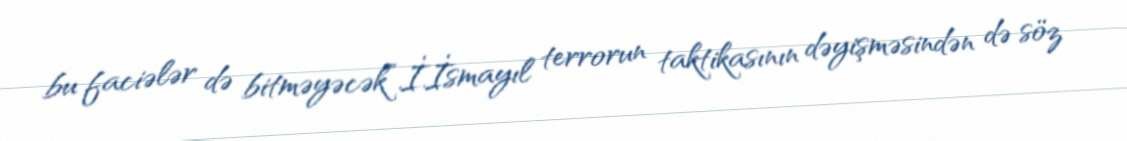
bu faciələr də bitməyəcək”.İ.İsmayıl terrorun taktikasının dəyişməsindən də söz